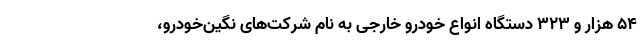
۵۴ هزار و ۳۲۳ دستگاه انواع خودرو خارجی به نام شرکت‌های نگین‌خودرو،